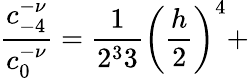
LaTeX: \frac{c_{-4}^{-\nu}}{c_{0}^{-\nu}}=\frac 1{2^{3}3}\left(\frac h2\right)^{4}+